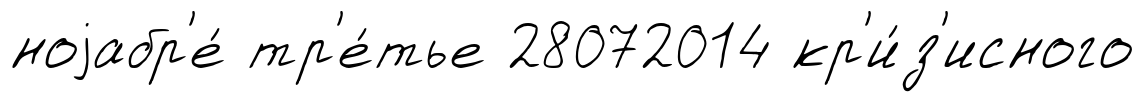
ноjабр'е́ тр'е́тье 28072014 кр'и́з'исного